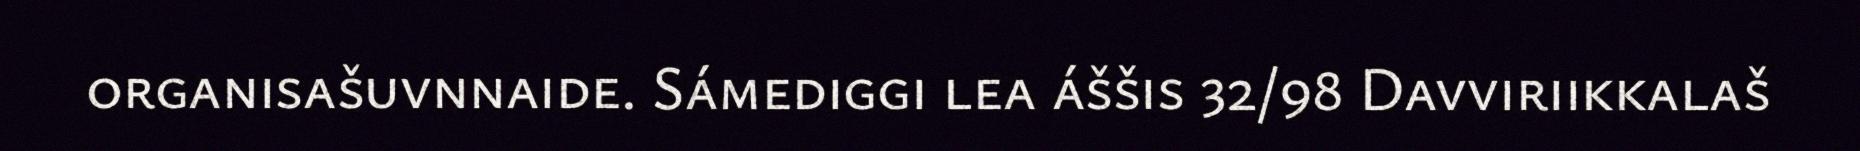
organisašuvnnaide. Sámediggi lea áššis 32/98 Davviriikkalaš